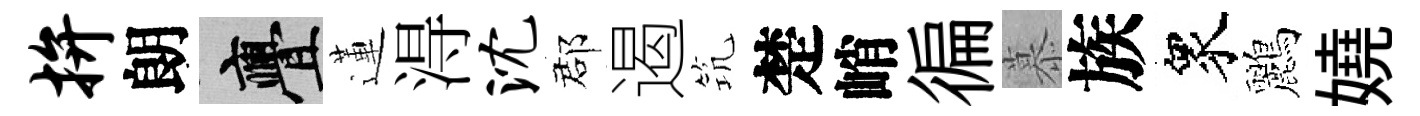
拚朗亹蓮淂沈郡遏𥬑楚峭徧慕族衆鸝嬈